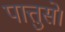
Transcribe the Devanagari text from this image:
पात्तुसे।